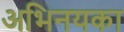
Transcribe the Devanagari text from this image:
अभिनयका